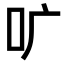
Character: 𫩕